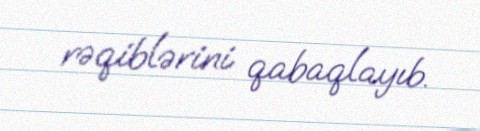
rəqiblərini qabaqlayıb.